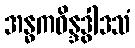
အန္ဓကဝိန္ဒဒွါဒသံ